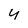
Character: 4